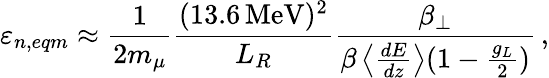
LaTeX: \varepsilon_{n,eqm}\approx\frac{1}{2m_{\mu}}\frac{(13.6\, \mathrm{{MeV}})^{2}}{L_{R}}\frac{\beta_{\perp}}{\beta\left<\frac{dE}{dz}\right>(1-\frac{g_{L}}{2})}\, ,